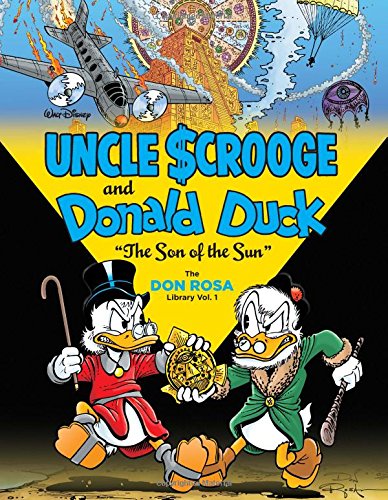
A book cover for Walt Disney Uncle Scrooge and Donald Duck: "The Son of the Sun" The Don Rosa Library Vol. 1 (Vol. 1)  (The Don Rosa Library); Don Rosa; Comics & Graphic Novels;